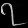
Digit: ၇